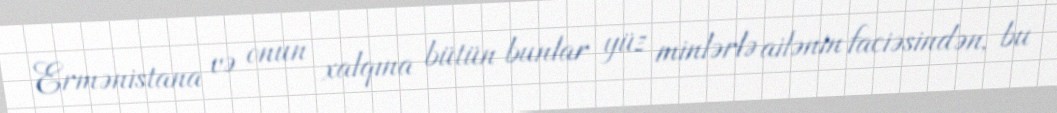
Ermənistana və onun xalqına bütün bunlar yüz minlərlə ailənin faciəsindən, bu